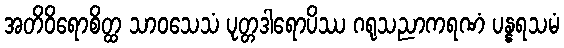
အတိဝိရောစိတ္ထ သာဝသေသံ ပုတ္တဒါရောပိဿ ဂရုသညာကရဏံ ပန္နရသမံ